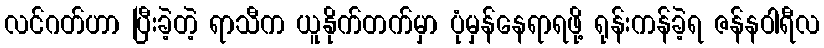
လင်ဂတ်ဟာ ပြီးခဲ့တဲ့ ရာသီက ယူနိုက်တက်မှာ ပုံမှန်နေရာရဖို့ ရုန်းကန်ခဲ့ရ ဇန်နဝါရီလ